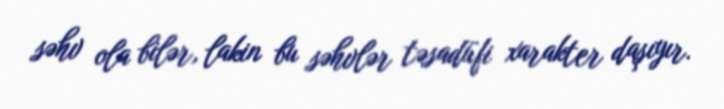
səhv ola bilər, lakin bu səhvlər təsadüfi xarakter daşıyır.